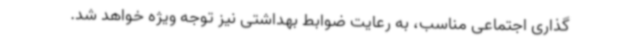
گذاری اجتماعی مناسب، به رعایت ضوابط بهداشتی نیز توجه ویژه خواهد شد.